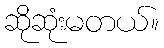
ဆိုဆုံးမတယ်။